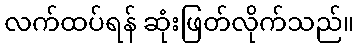
လက်ထပ်ရန် ဆုံးဖြတ်လိုက်သည်။